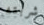
شربته